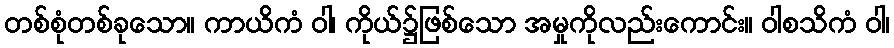
တစ်စုံတစ်ခုသော။ ကာယိကံ ဝါ၊ ကိုယ်၌ဖြစ်သော အမှုကိုလည်းကောင်း။ ဝါစသိကံ ဝါ၊